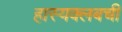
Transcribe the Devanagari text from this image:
हास्यक्लबची